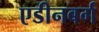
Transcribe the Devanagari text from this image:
एडीनबर्ग